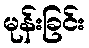
မုန်းခြင်း